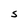
Character: S